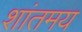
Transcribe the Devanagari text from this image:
शांतमय